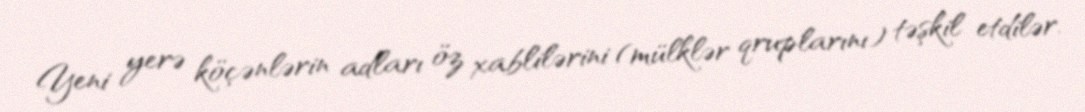
Yeni yerə köçənlərin adları öz xablilərini (mülklər qruplarını) təşkil etdilər.